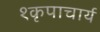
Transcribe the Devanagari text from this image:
१कृपाचार्य